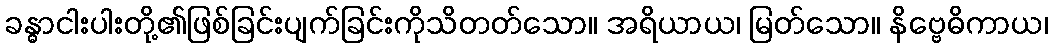
ခန္ဓာငါးပါးတို့၏ဖြစ်ခြင်းပျက်ခြင်းကိုသိတတ်သော။ အရိယာယ၊ မြတ်သော။ နိဗ္ဗေဓိကာယ၊